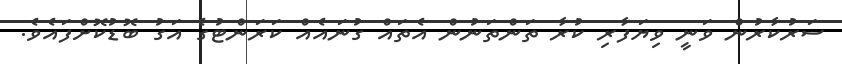
ސަރުކާރުން ވަނީ ވިޔަފާރި ކުރާ ތަންތަނުން އެތައް ގުނައެއް ކަރަންޓުގެ އަގު ބޮޑުކޮށްފައެވެ.